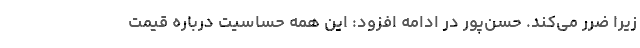
زیرا ضرر می‌کند. حسن‌پور در ادامه افزود: این همه حساسیت درباره قیمت